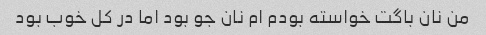
من نان باگت خواسته بودم ام نان جو بود اما در کل خوب بود